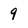
Character: 9